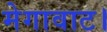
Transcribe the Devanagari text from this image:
मेगावाट।